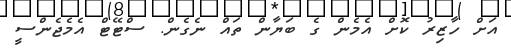
އަށް ހާޒިރު ކޮށް އެމެން ގެ ބަޔާން ތައް ނެގެން. ސްޓޭޓް އެމެޖެންސީ